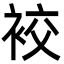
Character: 䘨